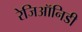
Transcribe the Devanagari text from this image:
रेजिऑनिडी